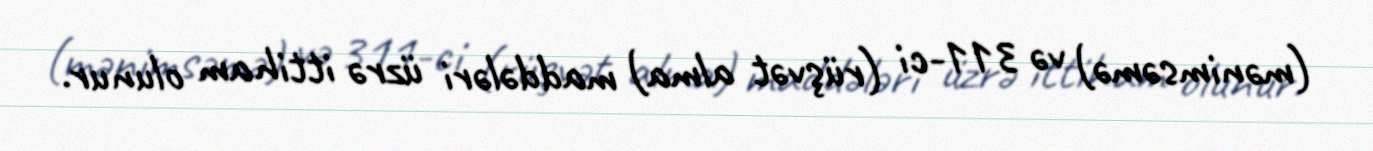
(mənimsəmə) və 311-ci (rüşvət alma) maddələri üzrə ittiham olunur.